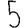
Digit: 5